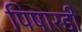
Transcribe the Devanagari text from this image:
पिषारडी